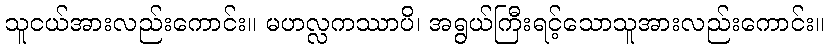
သူငယ်အားလည်းကောင်း။ မဟလ္လကဿာပိ၊ အရွယ်ကြီးရင့်သောသူအားလည်းကောင်း။